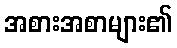
အစားအစာများ၏